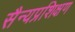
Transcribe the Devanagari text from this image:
सैन्यप्रशिक्षण